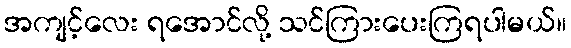
အကျင့်လေး ရအောင်လို့ သင်ကြားပေးကြရပါမယ်။